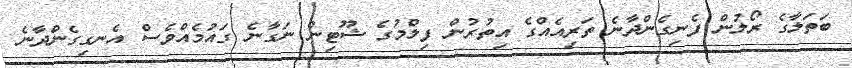
ބަތަލާގެ ރޯލުން ފެނިގެންދާނެ ތަރިއެއްގެ އިތުރުން ފިލްމުގެ ޝޫޓިން ނަގާނެ ގައުމެއްވެސް އެނގިގެންދާނެ